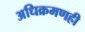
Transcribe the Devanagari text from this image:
अधिक्रमणही